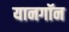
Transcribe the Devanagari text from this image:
यानगॉन